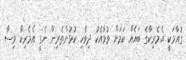
ގުއާމަކީ އެމެރިކާގެ ބައެއް ކަމަށް ވުމާއެކު ދިވެހި ކުޅުންތެރިން ނެގީ އެމެރިކާ ވިސާ